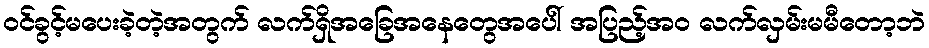
ဝင်ခွင့်မပေးခဲ့တဲ့အတွက် လက်ရှိအခြေအနေတွေအပေါ် အပြည့်အဝ လက်လှမ်းမမီတော့ဘဲ